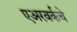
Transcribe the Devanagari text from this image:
एअरवर्कचे